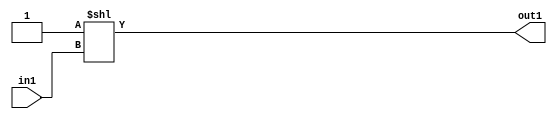
`timescale 1ps / 1ps
/*****************************************************************************
    Verilog RTL Description
    
    
    Created by: Stratus DpOpt 2019.1.01 
*******************************************************************************/

module feature_write_addr_gen_DECODE_2U_29_4_2 (
	in1,
	out1
	); /* architecture "behavioural" */ 
input  in1;
output [1:0] out1;
wire [1:0] asc001;

assign asc001 = 2'B01 << in1;

assign out1 = asc001;
endmodule

/* CADENCE  urnySwA= : u9/ySgnWtBlWxVPRXgAZ4Og= ** DO NOT EDIT THIS LINE ******/